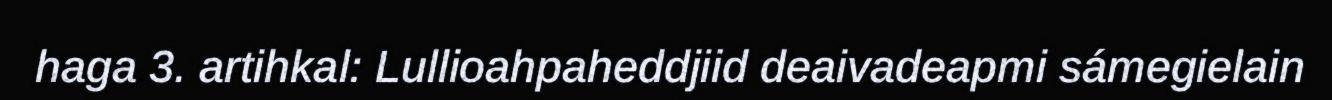
haga 3. artihkal: Lullioahpaheddjiid deaivadeapmi sámegielain